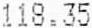
118.35